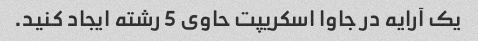
یک آرایه در جاوا اسکریپت حاوی 5 رشته ایجاد کنید.